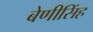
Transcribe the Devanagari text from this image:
बेणीसिंह